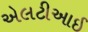
એલટીઆઈ